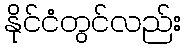
နိုင်ငံတွင်လည်း